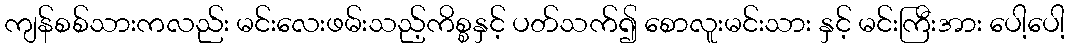
ကျန်စစ်သားကလည်း မင်းလေးဖမ်းသည့်ကိစ္စနှင့် ပတ်သက်၍ စောလူးမင်းသား နှင့် မင်းကြီးအား ပေါ့ပေါ့